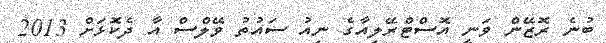
ބުނެ ރޮޒޭން ވަނީ އޮސްޓްރޭލިއާގެ ނިއު ސައުތު ވޭލްސް އާ ދެކޮޅަށް 2013